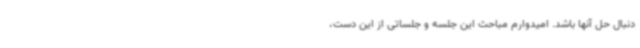
دنبال حل‌ آنها باشد. امیدوارم مباحث این جلسه و جلساتی از این دست،